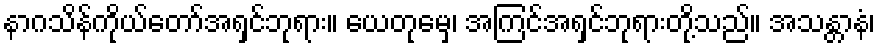
နာဂသိန်ကိုယ်တော်အရှင်ဘုရား။ ယေတုမှေ၊ အကြင်အရှင်ဘုရားတို့သည်။ အသန္တာနံ၊